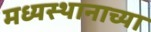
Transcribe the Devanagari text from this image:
मध्यस्थानाच्या